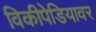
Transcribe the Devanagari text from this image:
विकीपेडियावर